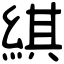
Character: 綨